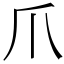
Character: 爪